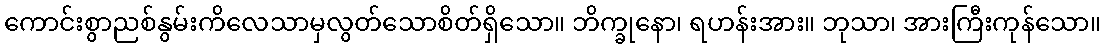
ကောင်းစွာညစ်နွမ်းကိလေသာမှလွတ်သောစိတ်ရှိသော။ ဘိက္ခုနော၊ ရဟန်းအား။ ဘုသာ၊ အားကြီးကုန်သော။